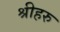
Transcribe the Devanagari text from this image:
श्रीहरु